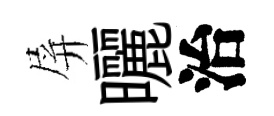
屏曬治